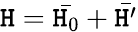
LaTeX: \mathtt{H}={\bar{{\mathtt{H}_{0}}}}+{\bar{{\mathtt{H}^{\prime}}}}